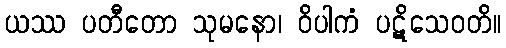
ယဿ ပတီတော သုမနော၊ ဝိပါကံ ပဋိသေဝတိ။